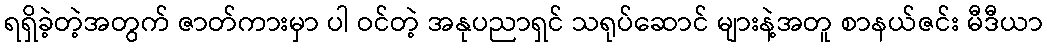
ရရှိခဲ့တဲ့အတွက် ဇာတ်ကားမှာ ပါ ဝင်တဲ့ အနုပညာရှင် သရုပ်ဆောင် များနဲ့အတူ စာနယ်ဇင်း မီဒီယာ